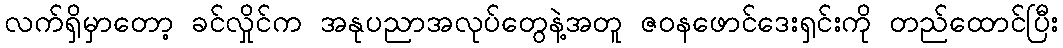
လက်ရှိမှာတော့ ခင်လှိုင်က အနုပညာအလုပ်တွေနဲ့အတူ ဇဝနဖောင်ဒေးရှင်းကို တည်ထောင်ပြီး